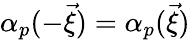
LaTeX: {\alpha}_{p}(-\vec{\xi})={\alpha}_{p}(\vec{\xi})